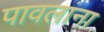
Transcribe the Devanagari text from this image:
पावलांना